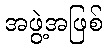
အဖွဲ့အဖြစ်